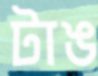
টাঙ